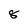
Character: 8